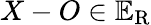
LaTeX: X-O\in\mathbb{E}_{\mathrm{{R}}}